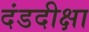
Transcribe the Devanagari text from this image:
दंडदीक्षा